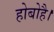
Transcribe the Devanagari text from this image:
होबोहै।